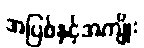
အပြစ်နှင့်အကျိုး